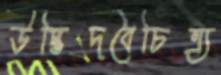
উদ্ভিদবৈচিত্র্য